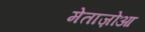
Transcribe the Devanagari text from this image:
मेताज़ोआ